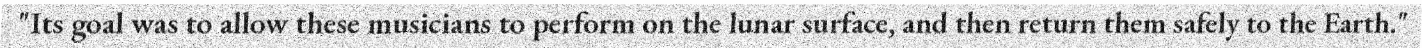
"Its goal was to allow these musicians to perform on the lunar surface, and then return them safely to the Earth."